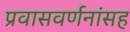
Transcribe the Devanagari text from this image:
प्रवासवर्णनांसह